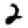
Digit: 2